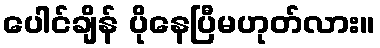
ပေါင်ချိန် ပိုနေပြီမဟုတ်လား။